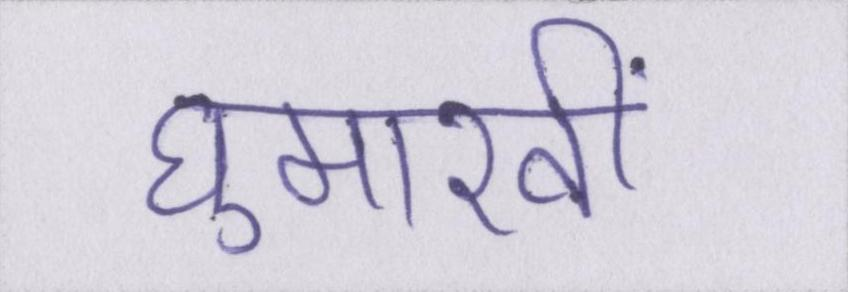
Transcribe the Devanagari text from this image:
घुमारवीं